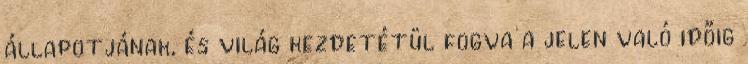
állapotjának, és világ kezdetétül fogva a jelen való időig